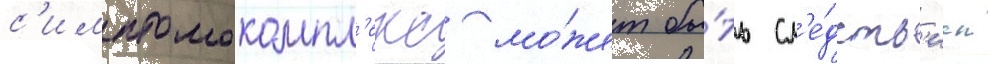
с'имптомокомпл'екс мо́жет бы́ть сл'е́дств'ием